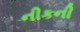
નીકની